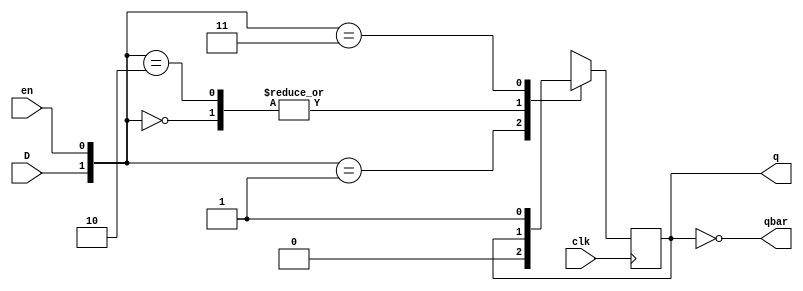
`timescale 1ns / 1ns
//////////////////////////////////////////////////////////////////////////////////
// Company: 
// Engineer: 
// 
// Design Name: 
// Module Name: D_flipflop
// Project Name: 
// Target Devices: 
// Tool Versions: 
// Description: 
// 
// Dependencies: 
// 
// Revision:
// Revision 0.01 - File Created
// Additional Comments:
// 
//////////////////////////////////////////////////////////////////////////////////


module D_flipflop(D,clk,en,q,qbar);
 input D,clk,en; // en-enable pin
 output reg q;
 output qbar;
 always @(posedge clk)
 begin
   case({D,en})
    2'b00:q=q;  //enable pin -0 .so it holds previous state
    2'b01:q=1'b0;
    2'b10:q=q;
    2'b11:q=1'b1;
    endcase
  end
  assign qbar=~q;
endmodule